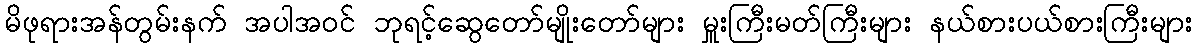
မိဖုရားအန်တွမ်းနက် အပါအဝင် ဘုရင့်ဆွေတော်မျိုးတော်များ မှူးကြီးမတ်ကြီးများ နယ်စားပယ်စားကြီးများ